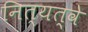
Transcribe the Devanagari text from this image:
नित्यत्वे